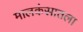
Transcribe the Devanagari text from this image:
मालकंसातला